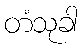
တံသုခါ